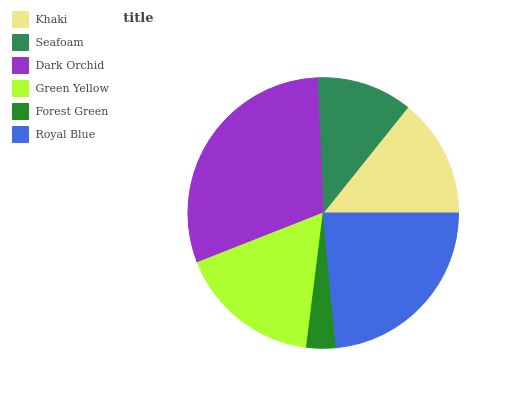
| Khaki | Seafoam | Dark Orchid | Green Yellow | Forest Green | Royal Blue |
 | --- | --- | --- | --- | --- | --- |
 | 14.3% | 11.4% | 30.2% | 17% | 3.49% | 23.6% |